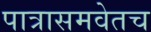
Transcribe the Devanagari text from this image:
पात्रासमवेतच